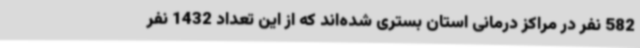
582 نفر در مراکز درمانی استان بستری شده‌اند که از این تعداد 1432 نفر